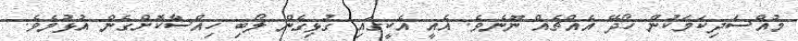
މުއްސަދިކަމަކުން ހޯދޭ އެއްޗެއް ނޫނެވެ. އެއީ އެކީގައި ގުޅިގެން ލޯބި ހިއްސާކޮށްގެން އުޅުމެވެ.